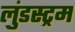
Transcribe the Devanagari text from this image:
लुंडस्ट्रम